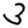
Digit: 3